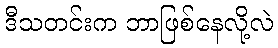
ဒီသတင်းက ဘာဖြစ်နေလို့လဲ